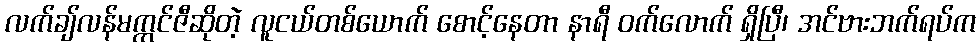
လက်ချ်လန်မက္ကင်ဇီဆိုတဲ့ လူငယ်တစ်ယောက် စောင့်နေတာ နာရီ ဝက်လောက် ရှိပြီ၊ အင်ဗားဘက်ရပ်က